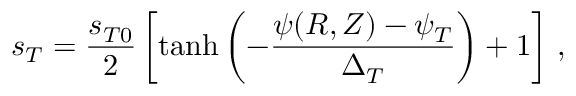
s _ { T } = \frac { s _ { T 0 } } { 2 } \left[ \operatorname { t a n h } \left( - \frac { \psi ( R , Z ) - \psi _ { T } } { \Delta _ { T } } \right) + 1 \right] \, ,